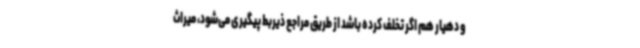
و دهیار هم اگر تخلف کرده باشد از طریق مراجع ذیربط پیگیری می‌شود، میراث